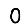
Digit: 0